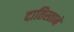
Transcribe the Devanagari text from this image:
दातिस्ताने